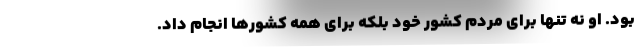
بود. او نه تنها برای مردم کشور خود بلکه برای همه کشورها انجام داد.